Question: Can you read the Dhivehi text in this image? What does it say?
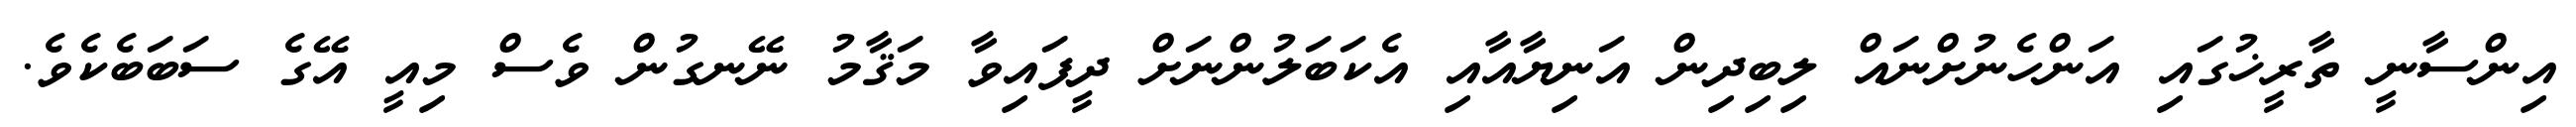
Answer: އިންސާނީ ތާރީޚުގައި އަންހެނުށްނައް ލިބިދިން އަނިޔާއާއި އެކަބަލުންނަށް ދީފައިވާ މަޤާމު ނޭނގުން ވެސް މިއީ އޭގެ ސަބަބެކެވެ.